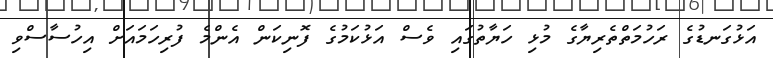
އަޅުގަނޑުގެ ރަހުމަތްތެރިޔާގެ މުޅި ހަޔާތުގައި ވެސް އަޅުކަމުގެ ފޮނިކަން އެންމެ ފުރިހަމައަށް އިހުސާސްވި